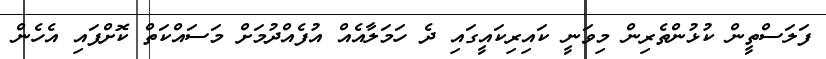
ފަލަސްތީން ކުޅުންތެރިން މިވަނީ ކައިރިކައީގައި ދެ ހަމަލާއެއް އުފެއްދުމަށް މަސައްކަތް ކޮށްފައި އެހެން